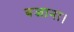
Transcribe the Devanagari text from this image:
बजाना।